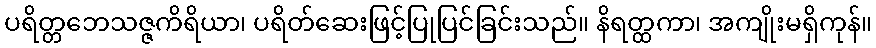
ပရိတ္တဘေသဇ္ဇကိရိယာ၊ ပရိတ်ဆေးဖြင့်ပြုပြင်ခြင်းသည်။ နိရတ္ထကာ၊ အကျိုးမရှိကုန်။